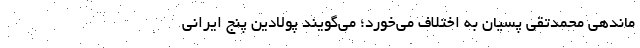
ماندهی محمدتقی پسیان به اختلاف می‌خورد؛ می‌گویند پولادین پنج ایرانی